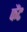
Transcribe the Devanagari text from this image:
फैंट